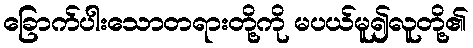
ခြောက်ပါးသောတရားတို့ကို မပယ်မူ၍လူတို့၏